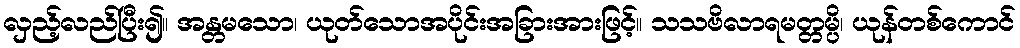
လှည့်လည်ပြီး၍။ အန္တမသော၊ ယုတ်သောအပိုင်းအခြားအားဖြင့်။ သသဗိလာရမတ္တမ္ပိ၊ ယုန်တစ်ကောင်